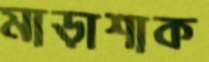
মাড়াশাক